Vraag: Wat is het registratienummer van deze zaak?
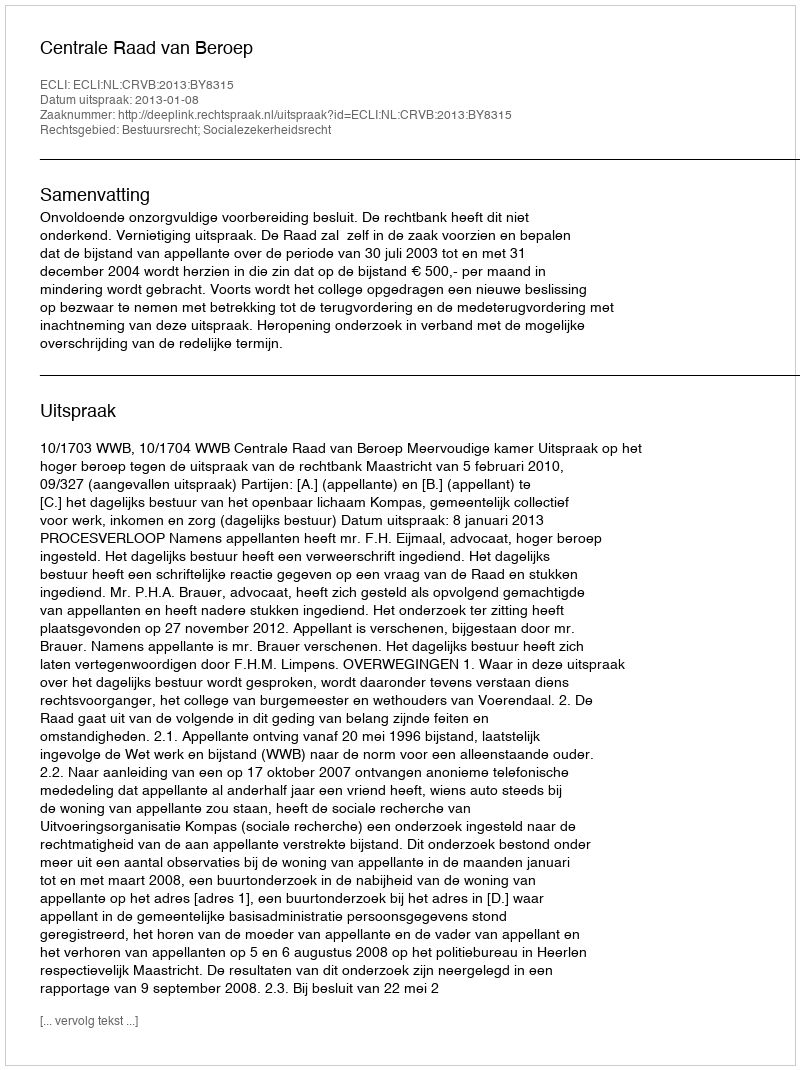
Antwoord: http://deeplink.rechtspraak.nl/uitspraak?id=ECLI:NL:CRVB:2013:BY8315